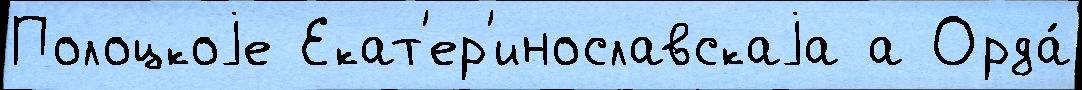
Полоцкоjе Екат'ер'инославскаjа а Орда́